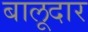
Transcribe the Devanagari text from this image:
बालूदार